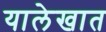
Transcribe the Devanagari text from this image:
यालेखात